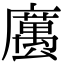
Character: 𢋭